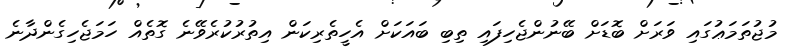
މުޖުތަމަޢުގައި ވަރަށް ބޮޑަށް ބޭނުންޖެހިފައި ތިބި ބައަކަށް އެހީތެރިކަން އިތުރުކުރެވޭނެ ގޮތެއް ހަމަޖެހިގެންދާނެ